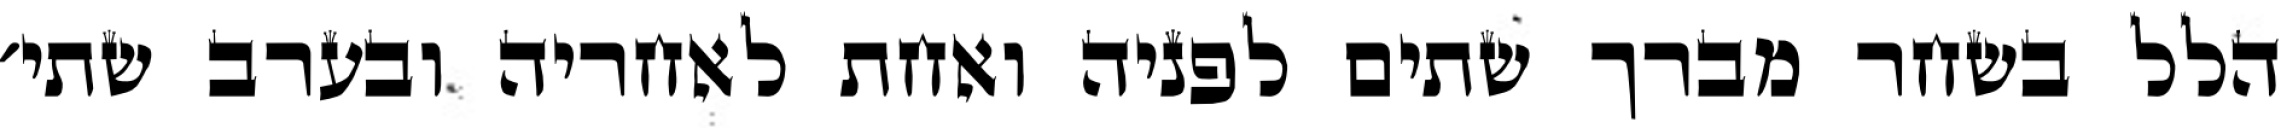
הלל בשחר מברך שתים לפניה ואחת לאחריה ובערב שתי׳